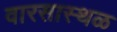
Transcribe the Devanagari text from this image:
वारसास्थळ